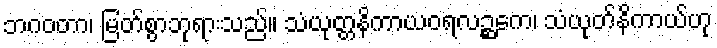
ဘဂဝတာ၊ မြတ်စွာဘုရားသည်။ သံယုတ္တနိကာယဝရလဉ္ဆကေ၊ သံယုတ်နိကာယ်ဟု